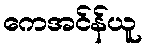
ကေအင်န်ယူ